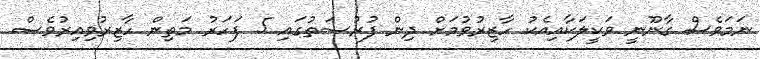
ނަމަވެސް ގާނޫނީ ވަކީލަކާއިއެކު ހާޒިރުވުމަށް ދިން ފުރުސަތުގައި 5 ފަހަރު މަތިން ހާޒިރުވިއިރުވެސް